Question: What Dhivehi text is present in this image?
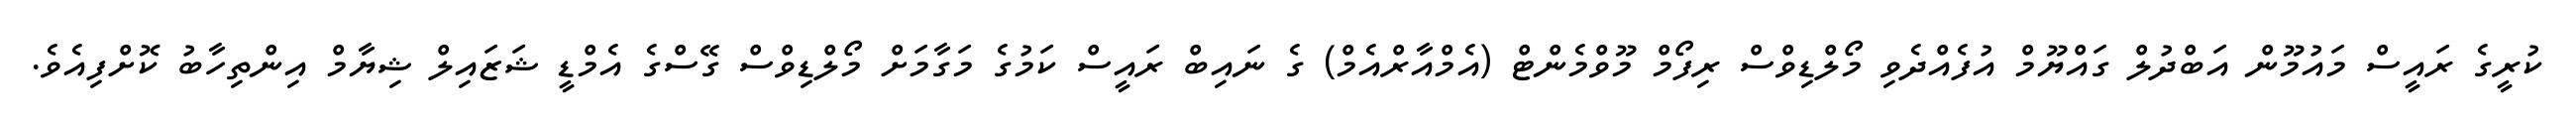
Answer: ކުރީގެ ރައީސް މައުމޫން އަބްދުލް ގައްޔޫމް އުފެއްދެވި މޯލްޑިވްސް ރިފޯމް މޫވްމެންޓް (އެމްއާރްއެމް) ގެ ނައިބް ރައީސް ކަމުގެ މަގާމަށް މޯލްޑިވްސް ގޭސްގެ އެމްޑީ ޝަޒައިލް ޝިޔާމް އިންތިހާބު ކޮށްފިއެވެ.